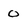
Character: 0